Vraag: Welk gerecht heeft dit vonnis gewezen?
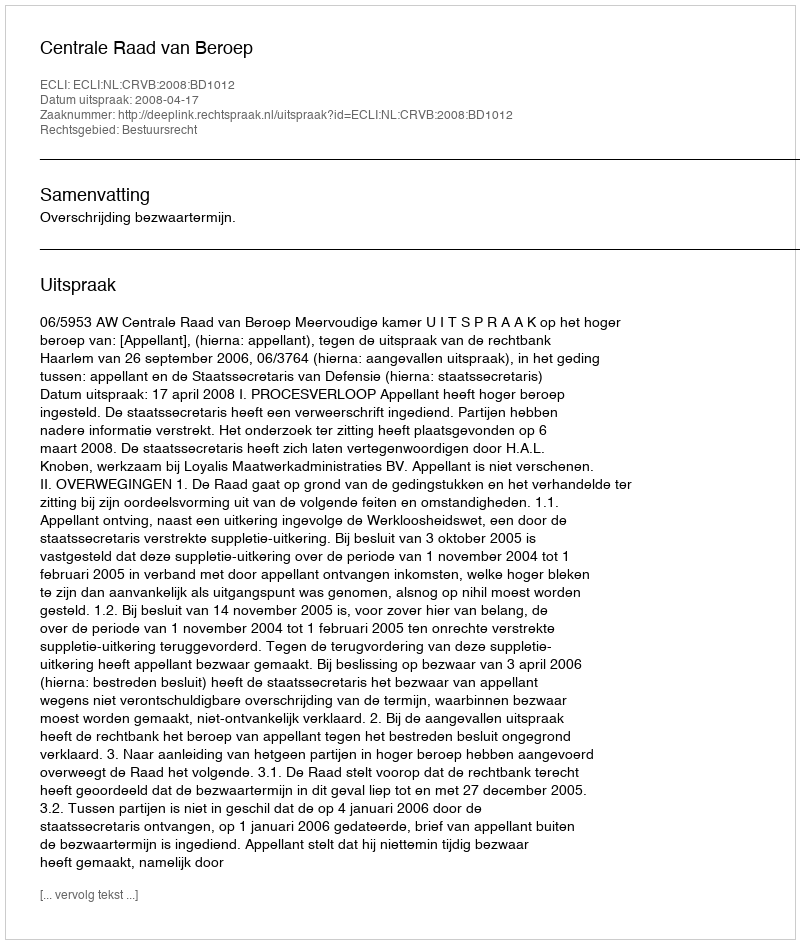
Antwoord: Centrale Raad van Beroep